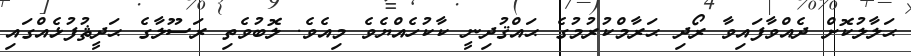
ޙަލާލުކޮށް ދެއްވާފައިވާ ރޯދި ޙަރާމްކުރުމުގެ ޙައްޤުދިނީ ކާކުހެއްޔެވެ މިއެވެ. ލޮބުވެތި ރަސޫލާގެ ޙަދީޘުފުޅެއްގައި